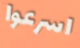
اسرعوا